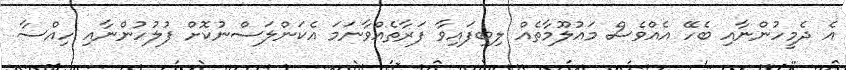
އެ ދެމީހުންނާއި ބެހޭ އެއްވެސް މައުލޫމާތެއް ލިބިފައިވާ ފަރާތެއްވާނަމަ އެކަންލަސްނުކޮށް ފުލުހުންނާއި ހިއްސާ